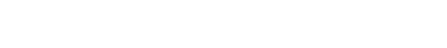
ဝိတက္ကော၊ သည်။ လဟုပရိကပ္ပနတာယ၊ လျင်စွာရွှေ့ပြောင်း၍ ကြံတတ်သည်၏